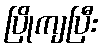
ပြိုကျပြီး